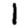
Digit: 1